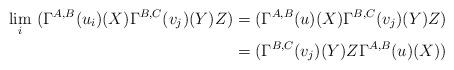
LaTeX: \begin{align*}\underset{i}{\lim} \ (\Gamma^{A,B}(u_i)(X)\Gamma^{B,C}(v_j)(Y)Z)& =(\Gamma^{A,B}(u)(X)\Gamma^{B,C}(v_j)(Y)Z) \\& = (\Gamma^{B,C}(v_j)(Y)Z\Gamma^{A,B}(u)(X))\end{align*}